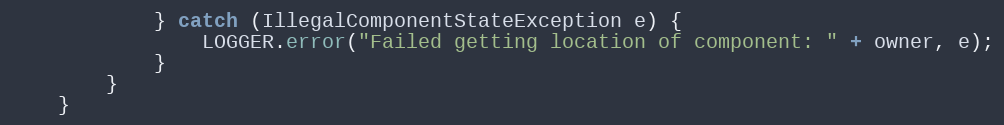
Language: Java
            } catch (IllegalComponentStateException e) {
                LOGGER.error("Failed getting location of component: " + owner, e);
            }
        }
    }